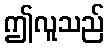
ဤလူသည်